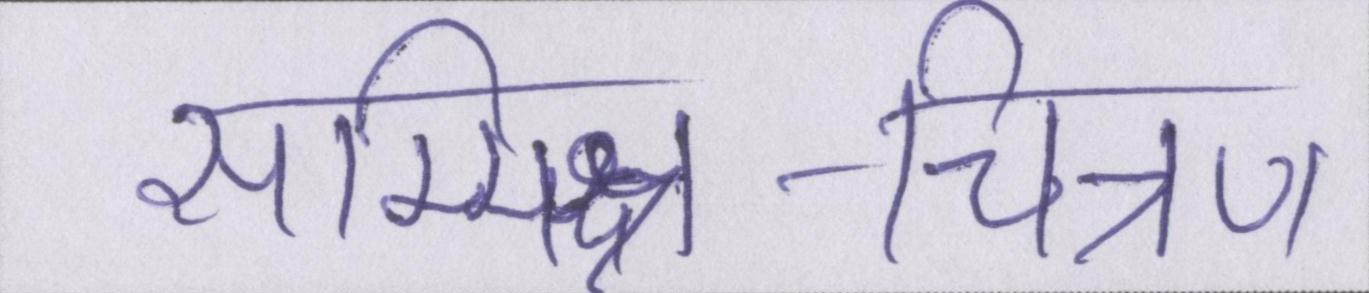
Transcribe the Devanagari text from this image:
सम्मिश्र-चित्रण